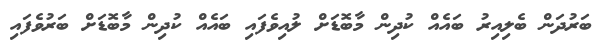
ބަރުދަން ބެލިއިރު ބައެއް ކުދިން މާބޮޑަށް ލުއިވެފައި ބައެއް ކުދިން މާބޮޑަށް ބަރުވެފައި